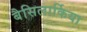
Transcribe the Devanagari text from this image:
बैसिलार्किया